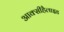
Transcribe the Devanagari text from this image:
आक्सीहैलाइड